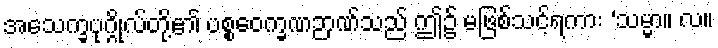
အသေက္ခပုဂ္ဂိုလ်တို့၏ ပစ္စဝေက္ခဏဉာဏ်သည် ဤ၌ မဖြစ်သင့်ရကား ‘သမ္မာ။ လ။